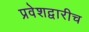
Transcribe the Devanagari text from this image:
प्रवेशद्वारीच